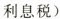
利息税)